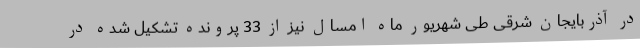
در آذربایجان شرقی طی شهریور ماه امسال نیز از 33 پرونده تشکیل شده در